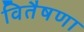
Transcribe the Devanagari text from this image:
वितैषणा